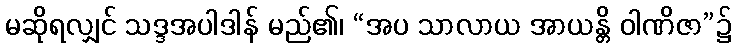
မဆိုရလျှင် သဒ္ဒအပါဒါန် မည်၏၊ “အပ သာလာယ အာယန္တိ ဝါဏိဇာ”၌